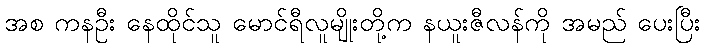
အစ ကနဦး နေထိုင်သူ မောင်ရီလူမျိုးတို့က နယူးဇီလန်ကို အမည် ပေးပြီး